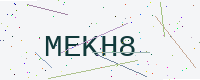
Text: MEKH8